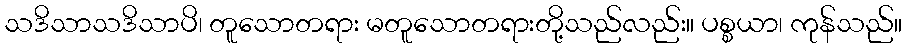
သဒိသာသဒိသာပိ၊ တူသောတရား မတူသောတရားတို့သည်လည်း။ ပစ္စယာ၊ ကုန်သည်။